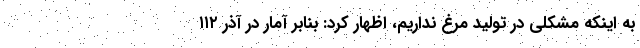
به اینکه مشکلی در تولید مرغ نداریم، اظهار کرد: بنابر آمار در آذر ۱۱۲